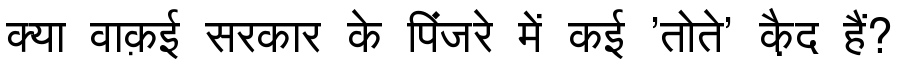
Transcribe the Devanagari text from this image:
क्या वाक़ई सरकार के पिंजरे में कई 'तोते' कै़द हैं?